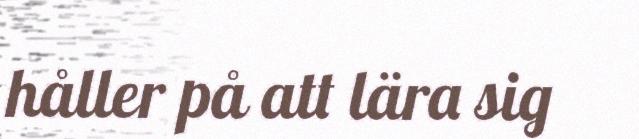
håller på att lära sig